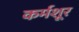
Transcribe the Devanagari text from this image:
कर्मशूर